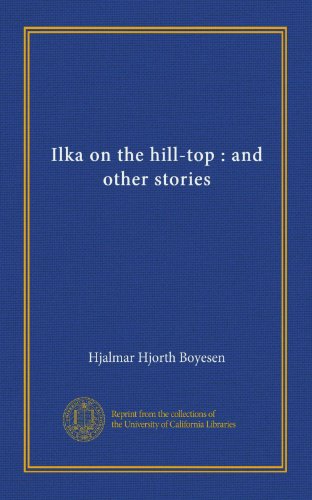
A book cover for Ilka on the hill-top : and other stories; Hjalmar Hjorth Boyesen; Law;